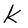
Character: k